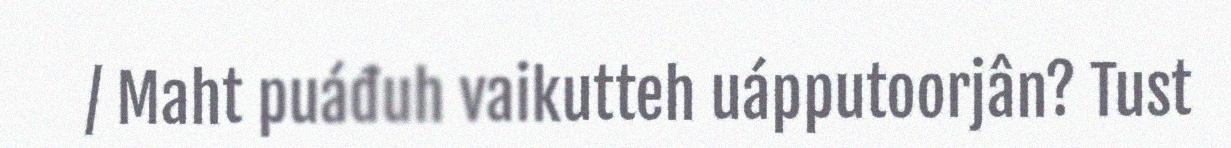
/ Maht puáđuh vaikutteh uápputoorjân? Tust